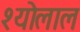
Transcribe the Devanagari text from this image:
श्योलाल